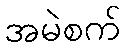
အမဲစက်